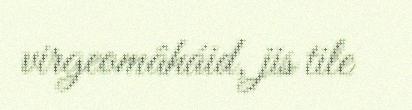
virgeomâháid, jis tile